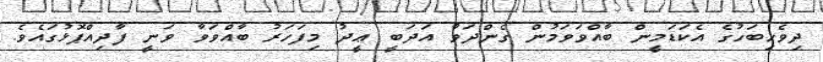
ދިވެހިބަހުގެ އެކަޑަމީން ބާއްވަވަމުން ގެންދަވާ އަދަބީ ޢީދު މިފަހަރު ބާއްވަވާ ވަނީ ފާދިއްޕޮޅުގައެވެ.